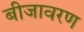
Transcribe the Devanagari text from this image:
बीजावरण